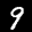
Label: 9